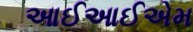
આઈઆઈએમ